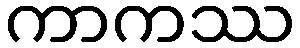
ကာကဿ